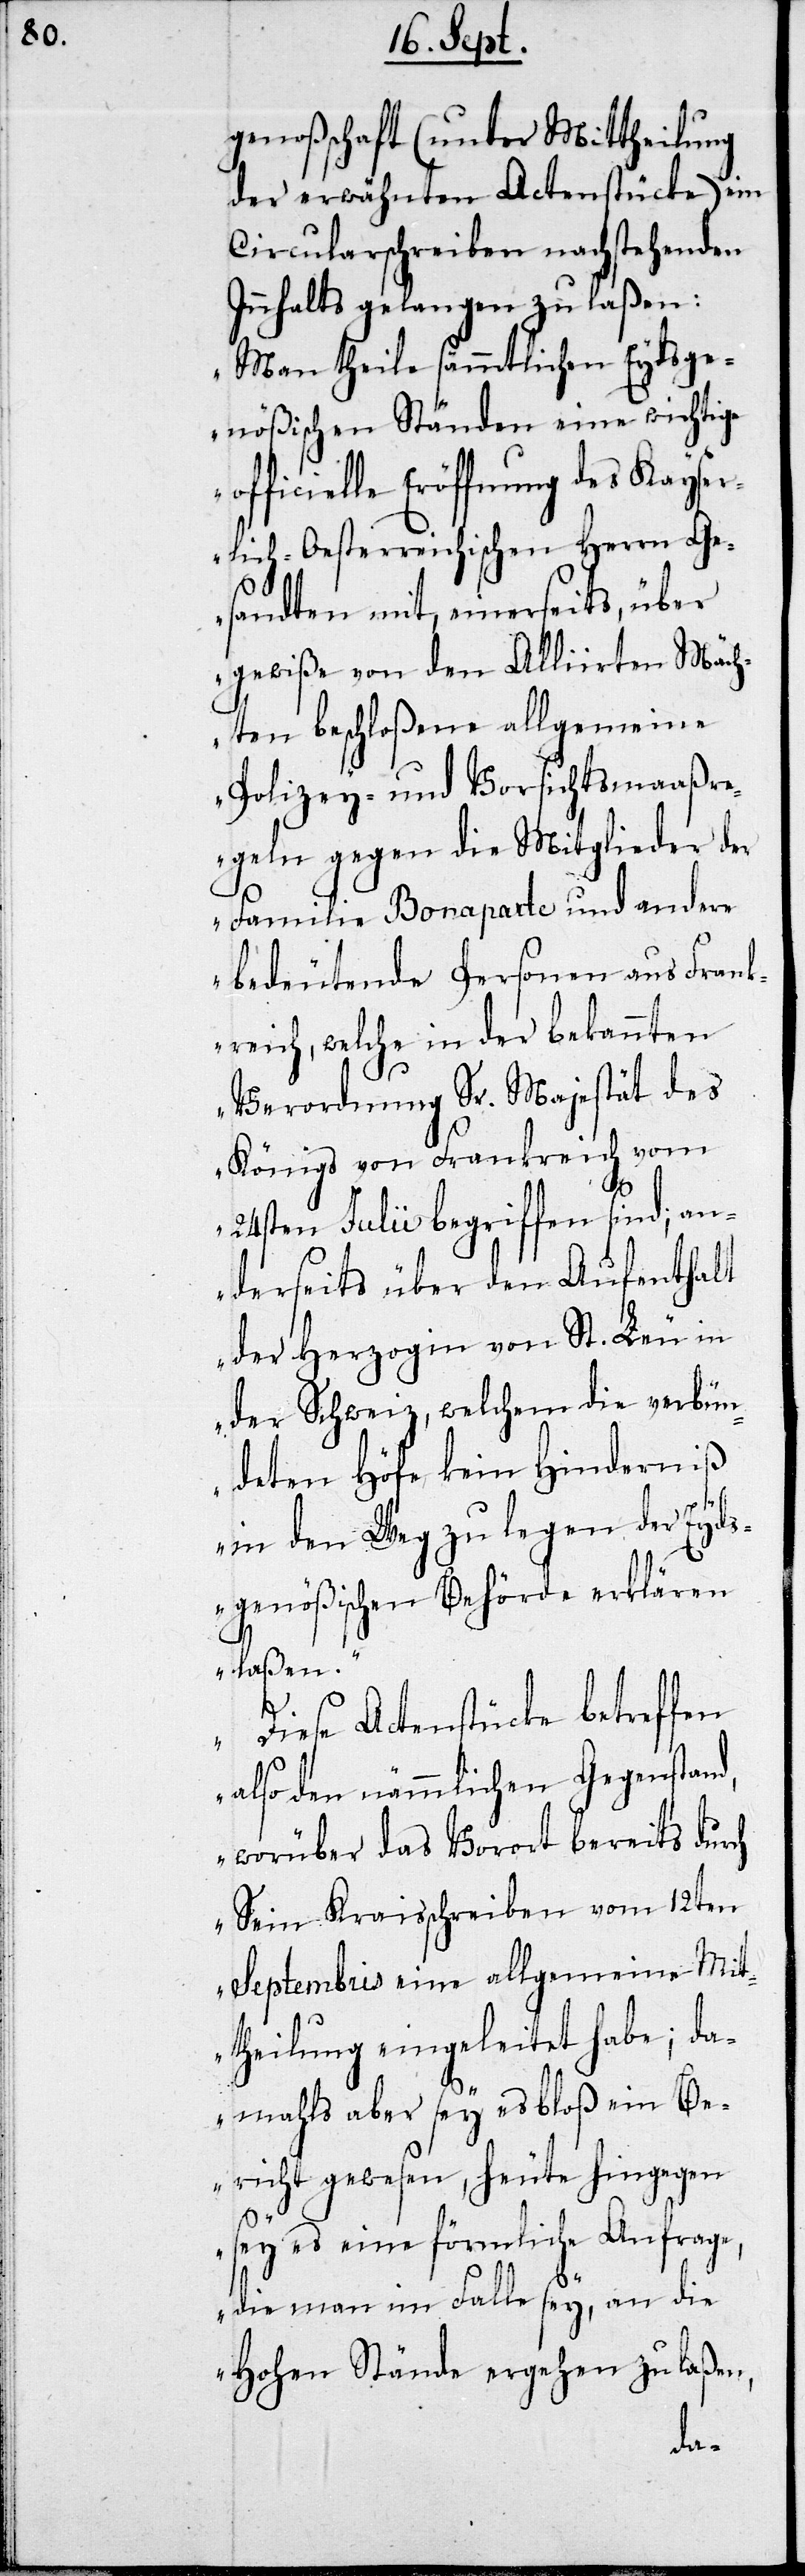
genoßenschaft (unter Mittheilung
der erwähnten Actenstücke) ein
Circularschreiben nachstehenden
Innhalts gelangen zu laßen:
„Man theile sämmtlichen Eydsge¬
nößischen Ständen eine wichtige
officielle Eröffnung des Kayser¬
lich-Oesterreichischen Herrn Ge¬
sandten mit, einerseits, über
gewiße von den Alliirten Mäch¬
ten beschloßene allgemeine
Polizey- und Vorsichtsmaaßre¬
geln gegen die Mitglieder der
Familie Bonaparte und andere
bedeutende Personen aus Frank¬
reich, welche in der bekannten
Verordnung Sr. Majestät des
Königs von Frankreich vom
24sten Julii begriffen sind; an¬
derseits über den Aufenthalt
der Herzogin von St. Leu in
der Schweiz, welchem die verbün¬
deten Höfe kein Hindernis
in den Weg zu legen der Eyd¬
sgenößischen Behörde erklären
laßen.
Diese Actenstücke betreffen
also den nämmlichen Gegenstand,
worüber das Vorort bereits durch
sein Kraisschreiben vom 12ten
Septembris eine allgemeine Mit¬
theilung eingeleitet habe; da¬
mahls aber sey es bloß ein Be¬
richt gewesen, heute hingegen
sey es eine förmliche Anfrage,
die man im Falle sey, an die
Hohen Stände ergehen zu laßen,